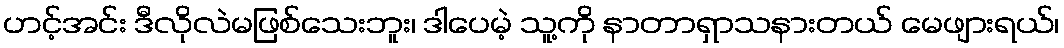
ဟင့်အင်း ဒီလိုလဲမဖြစ်သေးဘူး၊ ဒါပေမဲ့ သူ့ကို နာတာရှာသနားတယ် မေဖျားရယ်၊